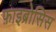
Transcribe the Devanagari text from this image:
फ़ाइब्रोसिस